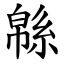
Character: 緜